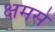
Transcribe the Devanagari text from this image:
क्षमसे